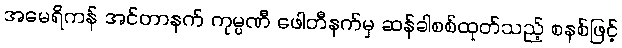
အမေရိကန် အင်တာနက် ကုမ္ပဏီ ဖေါတီနက်မှ ဆန်ခါစစ်ထုတ်သည့် စနစ်ဖြင့်